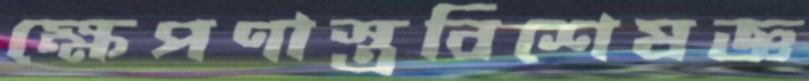
ক্ষেপণাস্ত্রবিশেষজ্ঞ